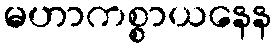
မဟာကစ္စာယနေန